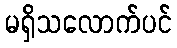
မရှိသလောက်ပင်